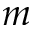
m